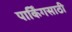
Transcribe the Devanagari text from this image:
पार्किंगसाठी